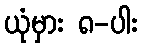
ယုံမှား ၈-ပါး